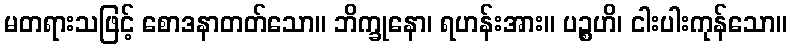
မတရားသဖြင့် စောဒနာတတ်သော။ ဘိက္ခုနော၊ ရဟန်းအား။ ပဉ္စဟိ၊ ငါးပါးကုန်သော။